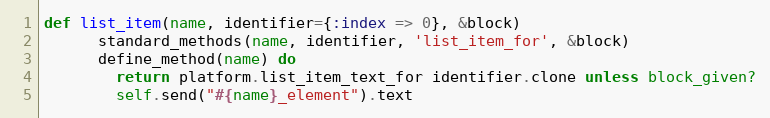
Language: Ruby
def list_item(name, identifier={:index => 0}, &block)
      standard_methods(name, identifier, 'list_item_for', &block)
      define_method(name) do
        return platform.list_item_text_for identifier.clone unless block_given?
        self.send("#{name}_element").text